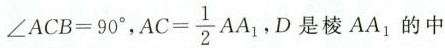
$$∠ACB=90^{\circ}$$，$$AC= \frac{1}{2}AA_{1} $$,D是棱AA_{1}的中